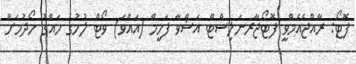
ފޮޓޯ: ރާއްޖެއެމްވީ ފޮޓޯޖާރނަލިސްޓް އަޝްވާ ފަހީމް (އައްވަ) ވޯޓް ލުމުގެ ހައްގު ހޯދުމަށް